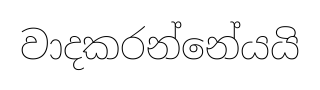
වාදකරන්නේයයි